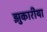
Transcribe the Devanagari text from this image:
झुकारीया